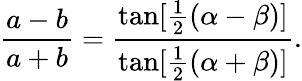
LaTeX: {\frac{a-b}{a+b}}={\frac{\tan[{\frac{1}{2}}(\alpha-\beta)]}{\tan[{\frac{1}{2}}(\alpha+\beta)]}}.